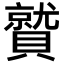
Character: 𮚦